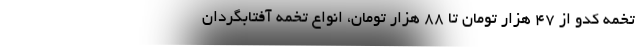
تخمه کدو از ۴۷ هزار تومان تا ۸۸ هزار تومان، انواع تخمه آفتابگردان